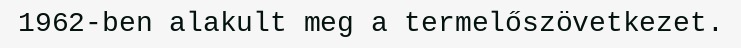
1962-ben alakult meg a termelőszövetkezet.